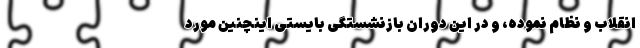
انقلاب و نظام نموده، و در این دوران بازنشستگی بایستی اینچنین مورد